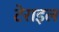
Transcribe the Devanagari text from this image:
टेराइल